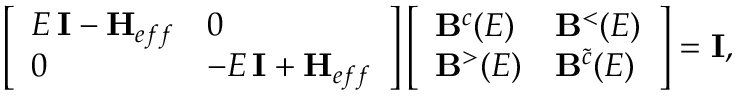
\left[ \begin{array} { l l } { E \, \mathbf { I } - \mathbf { H } _ { e f f } } & { 0 } \\ { 0 } & { - E \, \mathbf { I } + \mathbf { H } _ { e f f } } \end{array} \right] \left[ \begin{array} { l l } { \mathbf { B } ^ { c } ( E ) } & { \mathbf { B } ^ { < } ( E ) } \\ { \mathbf { B } ^ { > } ( E ) } & { \mathbf { B } ^ { \tilde { c } } ( E ) } \end{array} \right] = \mathbf { I } ,